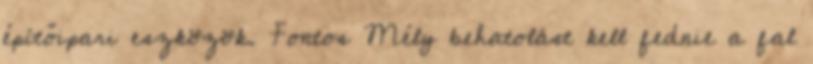
építőipari eszközök. Fontos Mély behatolást kell fednie a fal